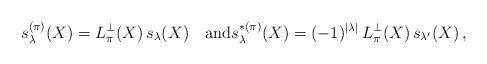
LaTeX: \begin{align*} s^{(\pi)}_\lambda(X) = L^\perp_\pi(X)\, s_\lambda(X)\quad\mbox{and} s^{*(\pi)}_\lambda(X) = (-1)^{|\lambda|}\, L^\perp_{\pi}(X)\, s_{\lambda'}(X)\,,\end{align*}